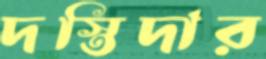
দস্তিদার